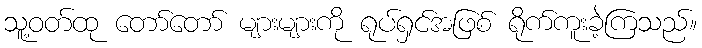
သူ့ဝတ်ထု တော်တော် များများကို ရုပ်ရှင်အဖြစ် ရိုက်ကူးခဲ့ကြသည်။